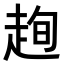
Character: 𧻛